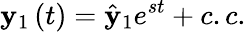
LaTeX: \mathbf{y}_{1}\left(t\right)=\hat{\mathbf{y}}_{1}e^{st}+c.c.